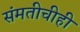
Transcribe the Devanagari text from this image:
संमतीचीही